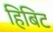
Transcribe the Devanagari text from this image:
हिबिट